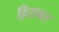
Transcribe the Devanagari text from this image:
हिरावत